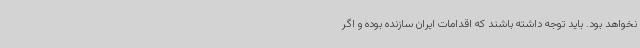
نخواهد بود. باید توجه داشته باشند که اقدامات ایران سازنده بوده و اگر